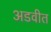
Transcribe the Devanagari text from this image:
अडवीत